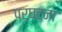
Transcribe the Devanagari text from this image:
परघटना